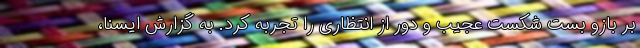
بر بازو بست شکست عجیب و دور از انتظاری را تجربه کرد. به گزارش ایسنا،